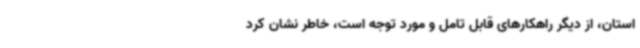
استان، از دیگر راهکارهای قابل تامل و مورد توجه است، خاطر نشان کرد